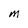
Character: M